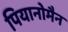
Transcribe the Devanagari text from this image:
पियानोमैन